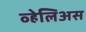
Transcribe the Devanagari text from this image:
व्हेलिअस